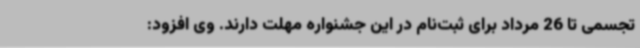
تجسمی تا 26 مرداد برای ثبت‌نام در این جشنواره مهلت دارند. وی افزود: